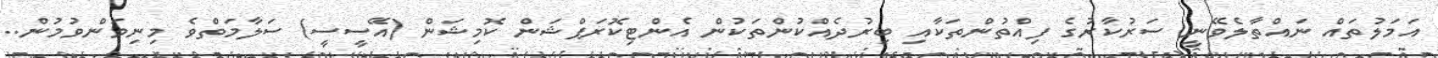
އަމަލުތައް ނައްތާލެވޭނީ ސަރުކާރުގެ ފިއްތުންތަކާއި ބިރުދެއްކުންތަކުން އެންޓިކޮރަޕްޝަން ކޮމިޝަން (އޭސީސީ) ސަލާމަތްވެ މިނިވަންވުމުން..